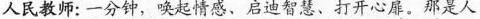
人民教师：一分钟，唤起情感、启迪智慧、打开心扉。那是人